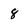
Character: 8